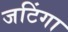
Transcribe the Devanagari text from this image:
जटिंगा